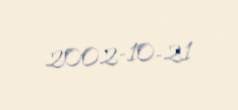
2002-10-21